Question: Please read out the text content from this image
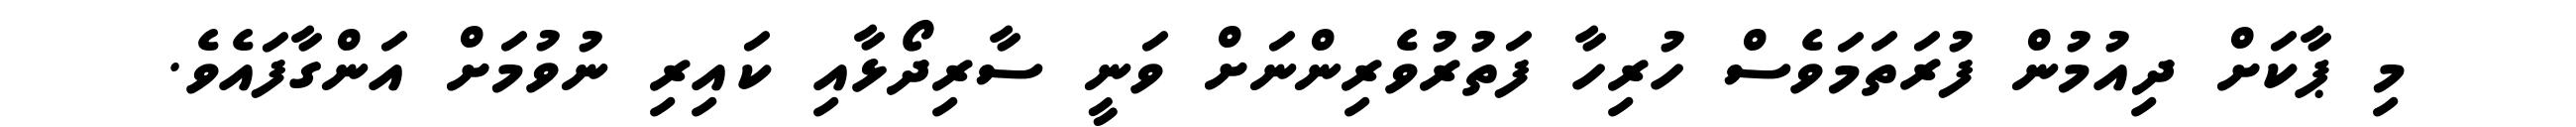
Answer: މި ޕާކަށް ދިއުމުން ފުރަތަމަވެސް ހުރިހާ ފަތުރުވެރިންނަށް ވަނީ ސާރިދޯޅާއި ކައިރި ނުވުމަށް އަންގާފައެވެ.